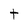
Character: t